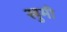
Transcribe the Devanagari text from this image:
खुमी